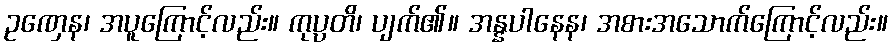
ဥဏှေန၊ အပူကြောင့်လည်း။ ကုပ္ပတိ၊ ပျက်၏။ အန္နပါနေန၊ အစားအသောက်ကြောင့်လည်း။